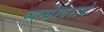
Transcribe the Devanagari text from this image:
व्याघ्रेश्वराचे